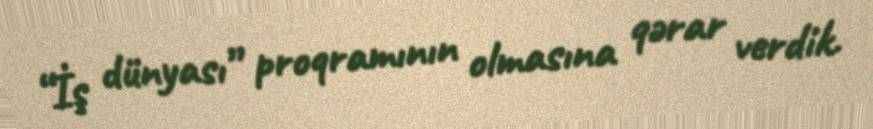
“İş dünyası” proqramının olmasına qərar verdik.